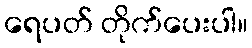
ရေပတ် တိုက်ပေးပါ။